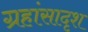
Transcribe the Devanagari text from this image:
ग्रहांसादृश